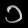
Digit: ၁